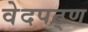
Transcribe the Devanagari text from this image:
वेदपठ्ण